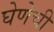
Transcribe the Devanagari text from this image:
घेणेची